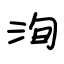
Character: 洵